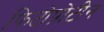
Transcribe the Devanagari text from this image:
फिटोप्रोटीन